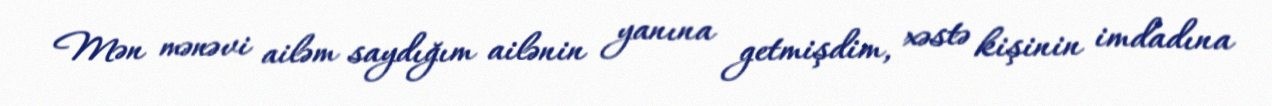
Mən mənəvi ailəm saydığım ailənin yanına getmişdim, xəstə kişinin imdadına